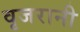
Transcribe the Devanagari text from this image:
वृजरानी